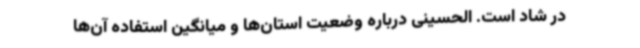
در شاد است. الحسینی درباره وضعیت استان‌ها و میانگین استفاده آن‌ها